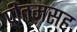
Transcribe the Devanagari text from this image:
प्रीतमसह